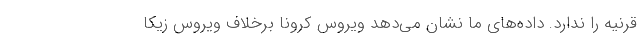
قرنیه را ندارد. داده‌های ما نشان می‌دهد ویروس کرونا برخلاف ویروس زیکا